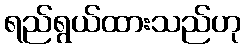
ရည်ရွယ်ထားသည်ဟု